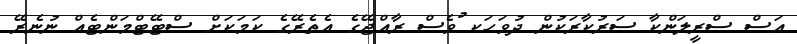
އަސް ސްރީލަންކާ ސަރުކާރަކުން ދުވަހަކ ުވެސް ރާއްޖޭގެ އެތެރޭގެ ކަމަކަށް ސްޓޭޓްމަންޓެއް ނުނެރޭ